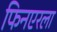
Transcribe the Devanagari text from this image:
फिनएरला